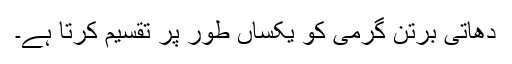
دھاتی برتن گرمی کو یکساں طور پر تقسیم کرتا ہے۔